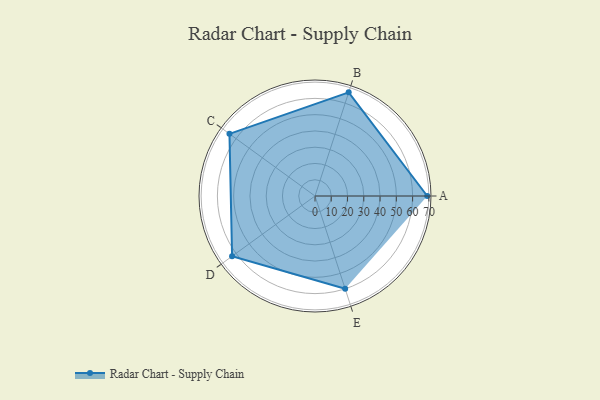
{"axis": {"x": "Skill", "y": "Score"}, "legend": ["Profile"], "data": [{"x": "A", "y": 69.0, "type": "Profile"}, {"x": "B", "y": 67.0, "type": "Profile"}, {"x": "C", "y": 65.0, "type": "Profile"}, {"x": "D", "y": 63.0, "type": "Profile"}, {"x": "E", "y": 60.0, "type": "Profile"}]}